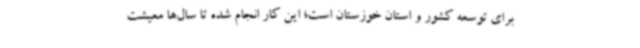
برای توسعه کشور و استان خوزستان است؛ این کار انجام شده تا سال‌ها معیشت